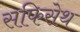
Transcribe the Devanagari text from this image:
सफिसेथ